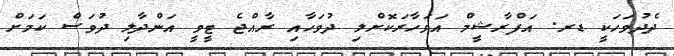
ދެދުވަހަކީ ޑރ. އަފްރާޝީމް އަވަހާރަކޮށްލި ދުވަހާއި ރާއްޖެ ޓީވީ އަންދާލި ދުވަސް ކަމަށް